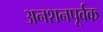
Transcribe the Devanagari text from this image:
अनशनपूर्वक